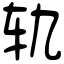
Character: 轨